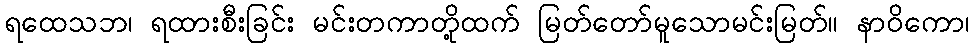
ရထေသဘ၊ ရထားစီးခြင်း မင်းတကာတို့ထက် မြတ်တော်မူသောမင်းမြတ်။ နာဝိကော၊